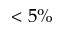
< 5 \%